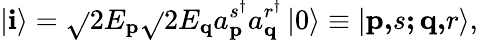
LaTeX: \left\vert\mathbf{i}\right\rangle=\sqrt{}{{2E_{\mathbf{{p}}}}}\sqrt{}{{2E_{\mathbf{{q}}}}}a_{\mathbf{{p}}}^{s^{\dagger}}a_{\mathbf{{q}}}^{r^{\dagger}}\left\vert0\right\rangle\equiv\left\vert\mathbf{{p,}}s\mathbf{{;q,}}r\right\rangle,